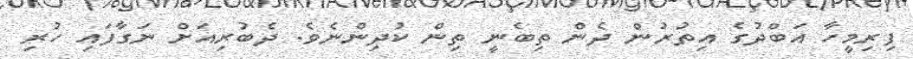
ފިރިމީހާ އަބްދުގެ އިތުރުން ދެން ތިބެނީ ތިން ކުދިންނެވެ. ދެބުރިއަށް ނަގާފައި ހުރި